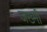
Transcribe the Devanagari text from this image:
जख्मीं